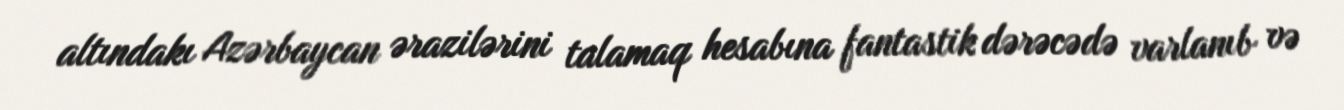
altındakı Azərbaycan ərazilərini talamaq hesabına fantastik dərəcədə varlanıb və